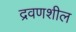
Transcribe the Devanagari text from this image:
द्रवणशील